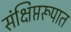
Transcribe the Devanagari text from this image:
संक्षिप्तरूपात